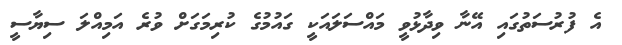
އެ ފުރުސަތުގައި އޭނާ ވިދާޅުވީ މައްސަލައަކީ ގައުމުގެ ކުރިމަގަށް ވުރެ އަމިއްލަ ސިޔާސީ